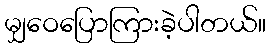
မျှဝေပြောကြားခဲ့ပါတယ်။